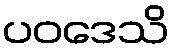
ပဝဒေသိ